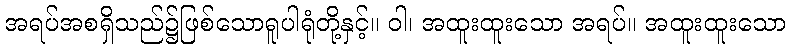
အရပ်အစရှိသည်၌ဖြစ်သောရူပါရုံတို့နှင့်။ ဝါ၊ အထူးထူးသော အရပ်။ အထူးထူးသော